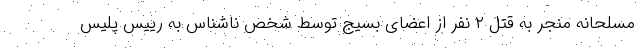
مسلحانه منجر به قتل ۲ نفر از اعضای بسیج توسط شخص ناشناس به رییس پلیس